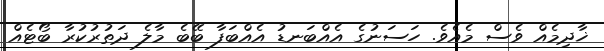
ޚާދިމެއް ވެސް މެއެވެ. ހަސަނުގެ އެއްބަނޑު އެއްބަފާ ބޭބެ މާލެ ދަތުރުކުރާ ބޯޓެއް